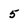
Character: 5